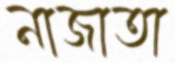
নাজাতা